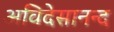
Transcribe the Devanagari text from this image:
अविदेसानन्द